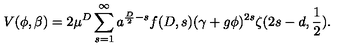
V ( \phi , \beta ) = 2 \mu ^ { D } \sum _ { s = 1 } ^ { \infty } a ^ { \frac { D } { 2 } - s } f ( D , s ) ( \gamma + g \phi ) ^ { 2 s } \zeta ( 2 s - d , \frac { 1 } { 2 } ) .